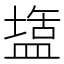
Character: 𭾌